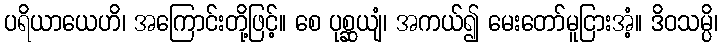
ပရိယာယေဟိ၊ အကြောင်းတို့ဖြင့်။ စေ ပုစ္ဆယျံ၊ အကယ်၍ မေးတော်မူငြားအံ့။ ဒိဝသမ္ပိ၊